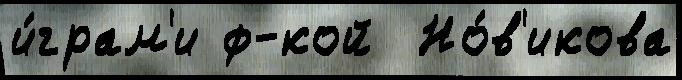
и́грам'и ф-кой  Но́в'икова